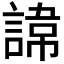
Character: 𮘪